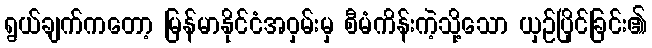
ရွယ်ချက်ကတော့ မြန်မာနိုင်ငံအဝှမ်းမှ စီမံကိန်းကဲ့သို့သော ယှဉ်ပြိုင်ခြင်း၏